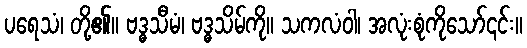
ပရေသံ၊ တို့၏။ ဗဒ္ဓသီမံ၊ ဗဒ္ဓသိမ်ကို။ သကလံဝါ၊ အလုံးစုံကိုသော်၎င်း။